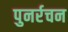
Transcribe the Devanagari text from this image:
पुनर्रचन